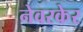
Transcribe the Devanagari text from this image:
नेवरकेर